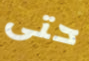
حتى